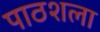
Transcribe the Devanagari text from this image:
पाठशला